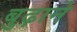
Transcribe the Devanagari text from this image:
बुढ़ाने